Indian Civil Veterinary Department memoirs
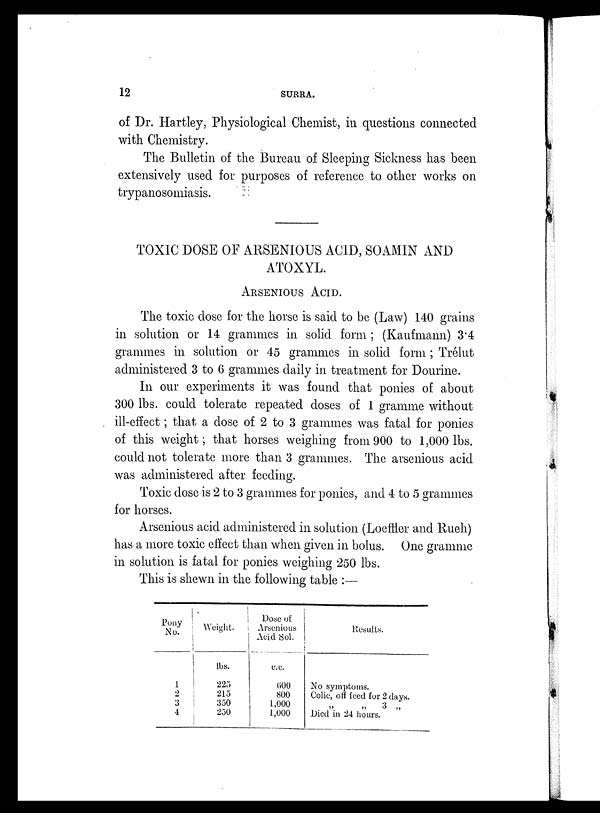
12
SURRA.
of Dr. Hartley, Physiological Chemist, in questions connected
with Chemistry.
The Bulletin of the Bureau of Sleeping Sickness has been
extensively used for purposes of reference to other works on
trypanosomiasis.
TOXIC DOSE OF ARSENIOUS ACID, SOAMIN AND
ATOXYL.
ARSENIOUS ACID.
The toxic dose for the horse is said to be (Law) 140 grains
in solution or 14 grammes in solid form; (Kaufmann) 3.4
grammes in solution or 45 grammes in solid form; Trélut
administered 3 to 6 grammes daily in treatment for Dourine.
In our experiments it was found that ponies of about
300 lbs. could tolerate repeated doses of 1 gramme without
ill-effect; that a dose of 2 to 3 grammes was fatal for ponies
of this weight; that horses weighing from 900 to 1,000 lbs.
could not tolerate more than 3 grammes. The arsenious acid
was administered after feeding.
Toxic dose is 2 to 3 grammes for ponies, and 4 to 5 grammes
for horses.
Arsenious acid administered in solution (Loeffler and Rueh)
has a more toxic effect than when given in bolus. One gramme
in solution is fatal for ponies weighing 250 lbs.
This is shewn in the following table:—
Pony
No.
1
2
3
4
Weight.
lbs.
225
215
350
250
Dose of
Arsenious
Acid Sol.
c.c.
600
800
1,000
1,000
Results.
No symptoms.
Colic, off feed for 2 days.
„ „ 3 „
Died in 24 hours.